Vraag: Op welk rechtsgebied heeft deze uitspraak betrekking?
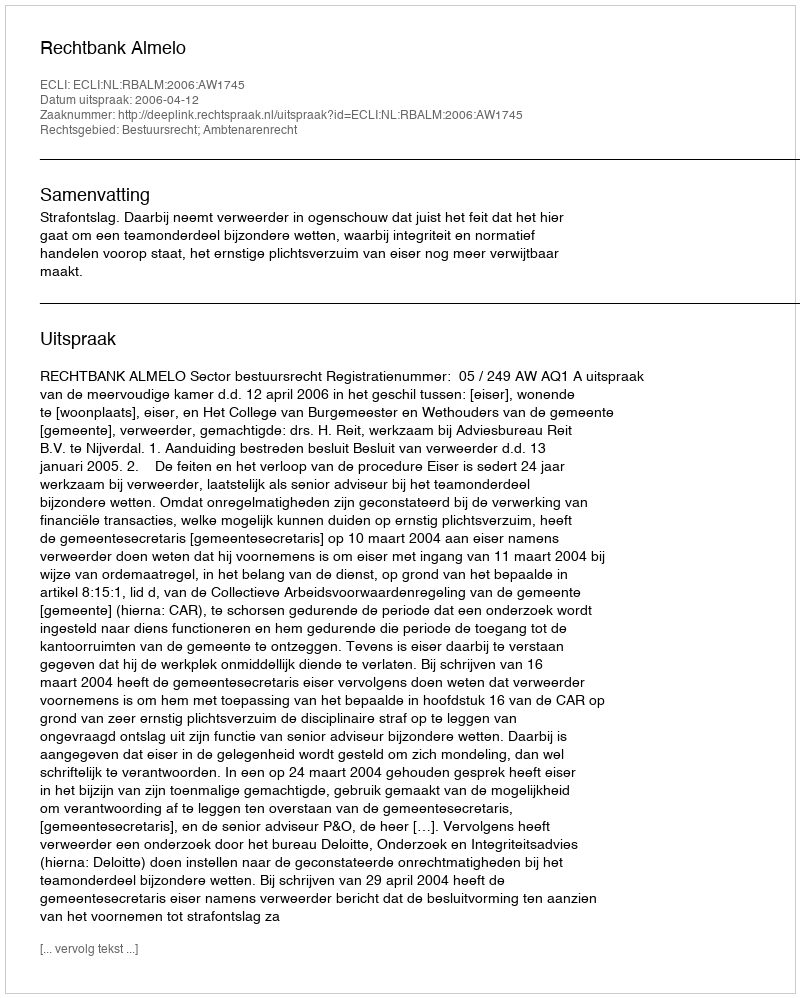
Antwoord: Bestuursrecht; Ambtenarenrecht